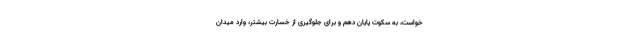
خواست، به سكوت پایان دهم و براى جلوگیرى از خسارت بیشتر، وارد میدان